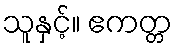
သူနှင့်။ ဧကတ္တ